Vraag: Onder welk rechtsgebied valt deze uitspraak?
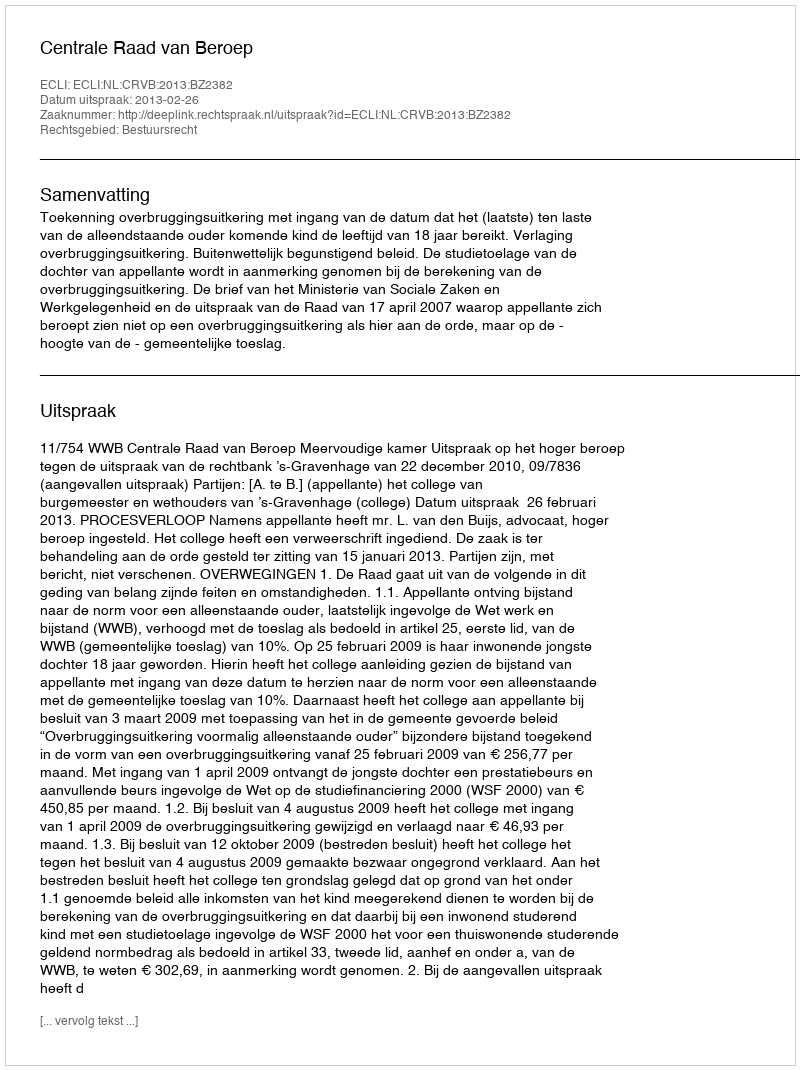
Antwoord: Bestuursrecht